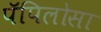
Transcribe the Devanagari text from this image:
पॅपिलोसा